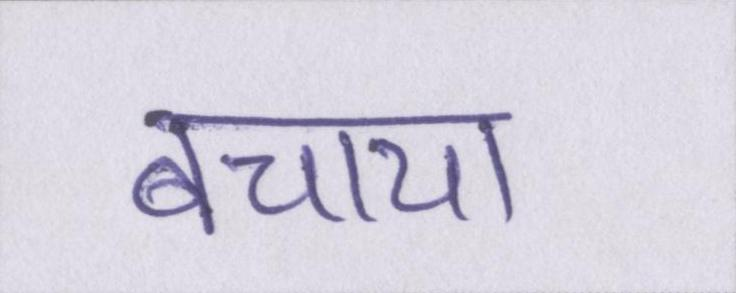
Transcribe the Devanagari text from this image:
बचाया